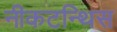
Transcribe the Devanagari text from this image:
नीकटन्थिस